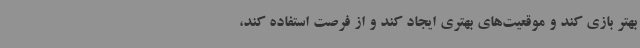
بهتر بازی کند و موقعیت‌های بهتری ایجاد کند و از فرصت استفاده کند،